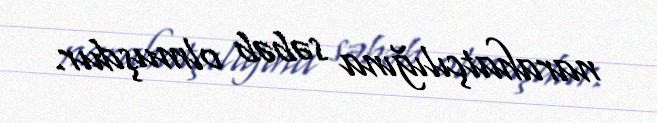
narahatçılığına səbəb olmuşdur.